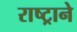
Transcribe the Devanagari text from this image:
राष्ट्रानेे